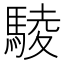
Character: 䮚